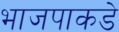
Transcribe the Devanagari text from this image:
भाजपाकडे